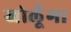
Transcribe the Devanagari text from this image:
खोलूँगा